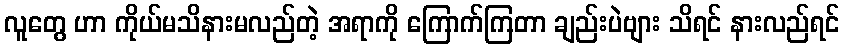
လူတွေ ဟာ ကိုယ်မသိနားမလည်တဲ့ အရာကို ကြောက်ကြတာ ချည်းပဲဗျား သိရင် နားလည်ရင်